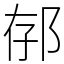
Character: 𨚲